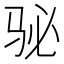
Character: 𱅈